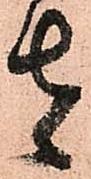
者